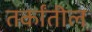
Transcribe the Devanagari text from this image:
तर्कांतील